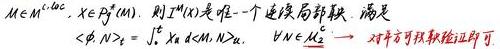
$M\in \mathcal{M}^{loc}, X\in \mathcal{P}^d(M)$. 则 $I^X(\cdot)$ 是唯一一个连续局部鞅, 满足
$\langle \phi, N\rangle_2=\int_0^{\cdot} X_s d\langle M,N\rangle_s, \quad \forall N\in \mathcal{M}_2^c \quad$ 对平方可积鞅验证即可.